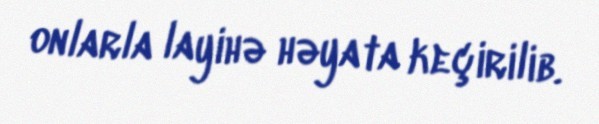
onlarla layihə həyata keçirilib.